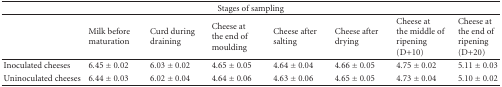
<table><thead><tr><td colspan="8"><b> Stages of sampling </b></td></tr></thead><tbody><tr><td></td><td>Milkbefore maturation</td><td>Curdduring draining</td><td>Cheese atthe end of moulding</td><td>Cheeseafter salting</td><td>Cheese after drying</td><td>Cheese atthe middle of ripening (D+10)</td><td>Cheese atthe end of ripening (D+20)</td></tr><tr><td>Inoculated cheeses</td><td>6.45 ± 0.02</td><td>6.03 ± 0.02</td><td>4.65 ± 0.05</td><td>4.64 ± 0.04</td><td>4.66 ± 0.05</td><td>4.75 ± 0.02</td><td>5.11 ± 0.03</td></tr><tr><td>Uninoculated cheeses</td><td>6.44 ± 0.03</td><td>6.02 ± 0.04</td><td>4.64 ± 0.06</td><td>4.63 ± 0.06</td><td>4.65 ± 0.05</td><td>4.73 ± 0.04</td><td>5.10 ± 0.02</td></tr></tbody></table>